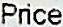
PRICE